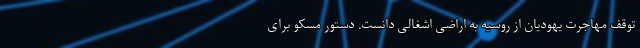
توقف مهاجرت یهودیان از روسیه به اراضی اشغالی دانست. دستور مسکو برای